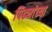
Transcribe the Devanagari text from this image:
पिढ्यांच्‍या